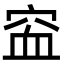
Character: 䆝